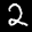
Label: 2